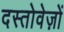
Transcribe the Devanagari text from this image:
दस्‍तोवेज़ों